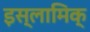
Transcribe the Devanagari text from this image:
इस्लामिक्